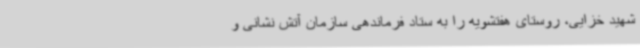
شهید خزایی، روستای هفتشویه را به ستاد فرماندهی سازمان آتش نشانی و